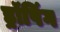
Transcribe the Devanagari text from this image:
ड्रॉपिंग